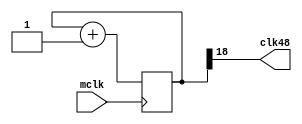
`timescale 1ns / 1ps

// 52
module clock (
input wire mclk,
output wire clk48
);
reg [24:0] q;
// 25 
always @ (posedge mclk )
begin
q <= q + 1;
end
assign clk48 = q[18]; // 47.7 Hz
endmodule